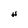
Character: H